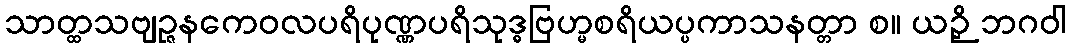
သာတ္ထသဗျဉ္ဇနကေဝလပရိပုဏ္ဏပရိသုဒ္ဓဗြဟ္မစရိယပ္ပကာသနတ္တာ စ။ ယဉှိ ဘဂဝါ